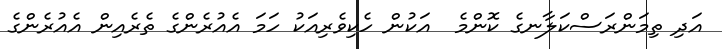
އަދި ތިމަންރަސްކަލާނގެ ކޮންމެ  އަކުން ހެކިވެރިއަކު ހަމަ އެއުރެންގެ ތެރެއިން އެއުރެންގެ